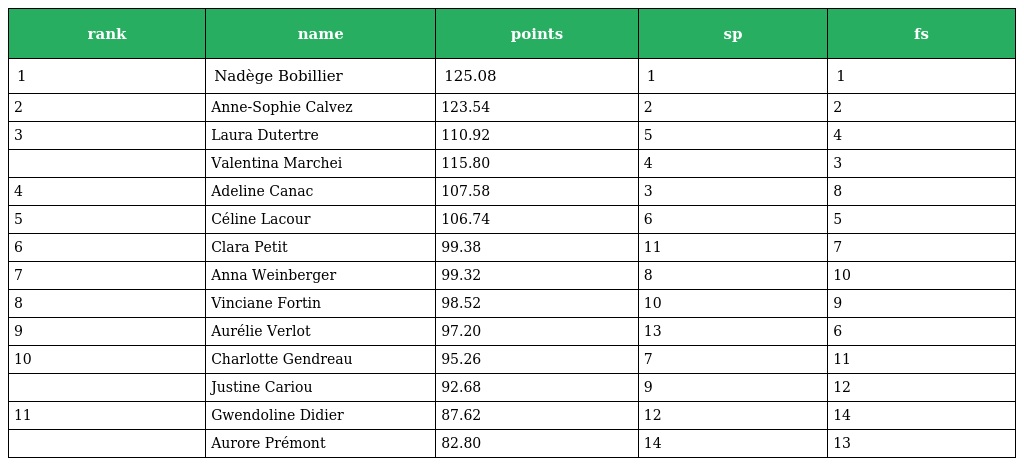
| rank | name | points | sp | fs |
 | --- | --- | --- | --- | --- |
 | 1 | Nadège Bobillier | 125.08 | 1 | 1 |
 | 2 | Anne-Sophie Calvez | 123.54 | 2 | 2 |
 | 3 | Laura Dutertre | 110.92 | 5 | 4 |
 |  | Valentina Marchei | 115.80 | 4 | 3 |
 | 4 | Adeline Canac | 107.58 | 3 | 8 |
 | 5 | Céline Lacour | 106.74 | 6 | 5 |
 | 6 | Clara Petit | 99.38 | 11 | 7 |
 | 7 | Anna Weinberger | 99.32 | 8 | 10 |
 | 8 | Vinciane Fortin | 98.52 | 10 | 9 |
 | 9 | Aurélie Verlot | 97.20 | 13 | 6 |
 | 10 | Charlotte Gendreau | 95.26 | 7 | 11 |
 |  | Justine Cariou | 92.68 | 9 | 12 |
 | 11 | Gwendoline Didier | 87.62 | 12 | 14 |
 |  | Aurore Prémont | 82.80 | 14 | 13 |